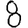
Digit: 8